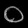
Digit: ၀